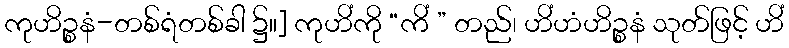
ကုဟိဉ္စနံ-တစ်ရံတစ်ခါ ၌။] ကုဟိံကို “ကိံ ” တည်၊ ဟိံဟံဟိဉ္စနံ သုတ်ဖြင့် ဟိံ